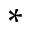
\ast